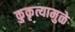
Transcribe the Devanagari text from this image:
कुकृत्यामुळे